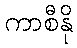
ကာစီနို